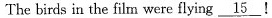
The birds in the filn were flying \underline{15}!